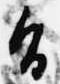
旨